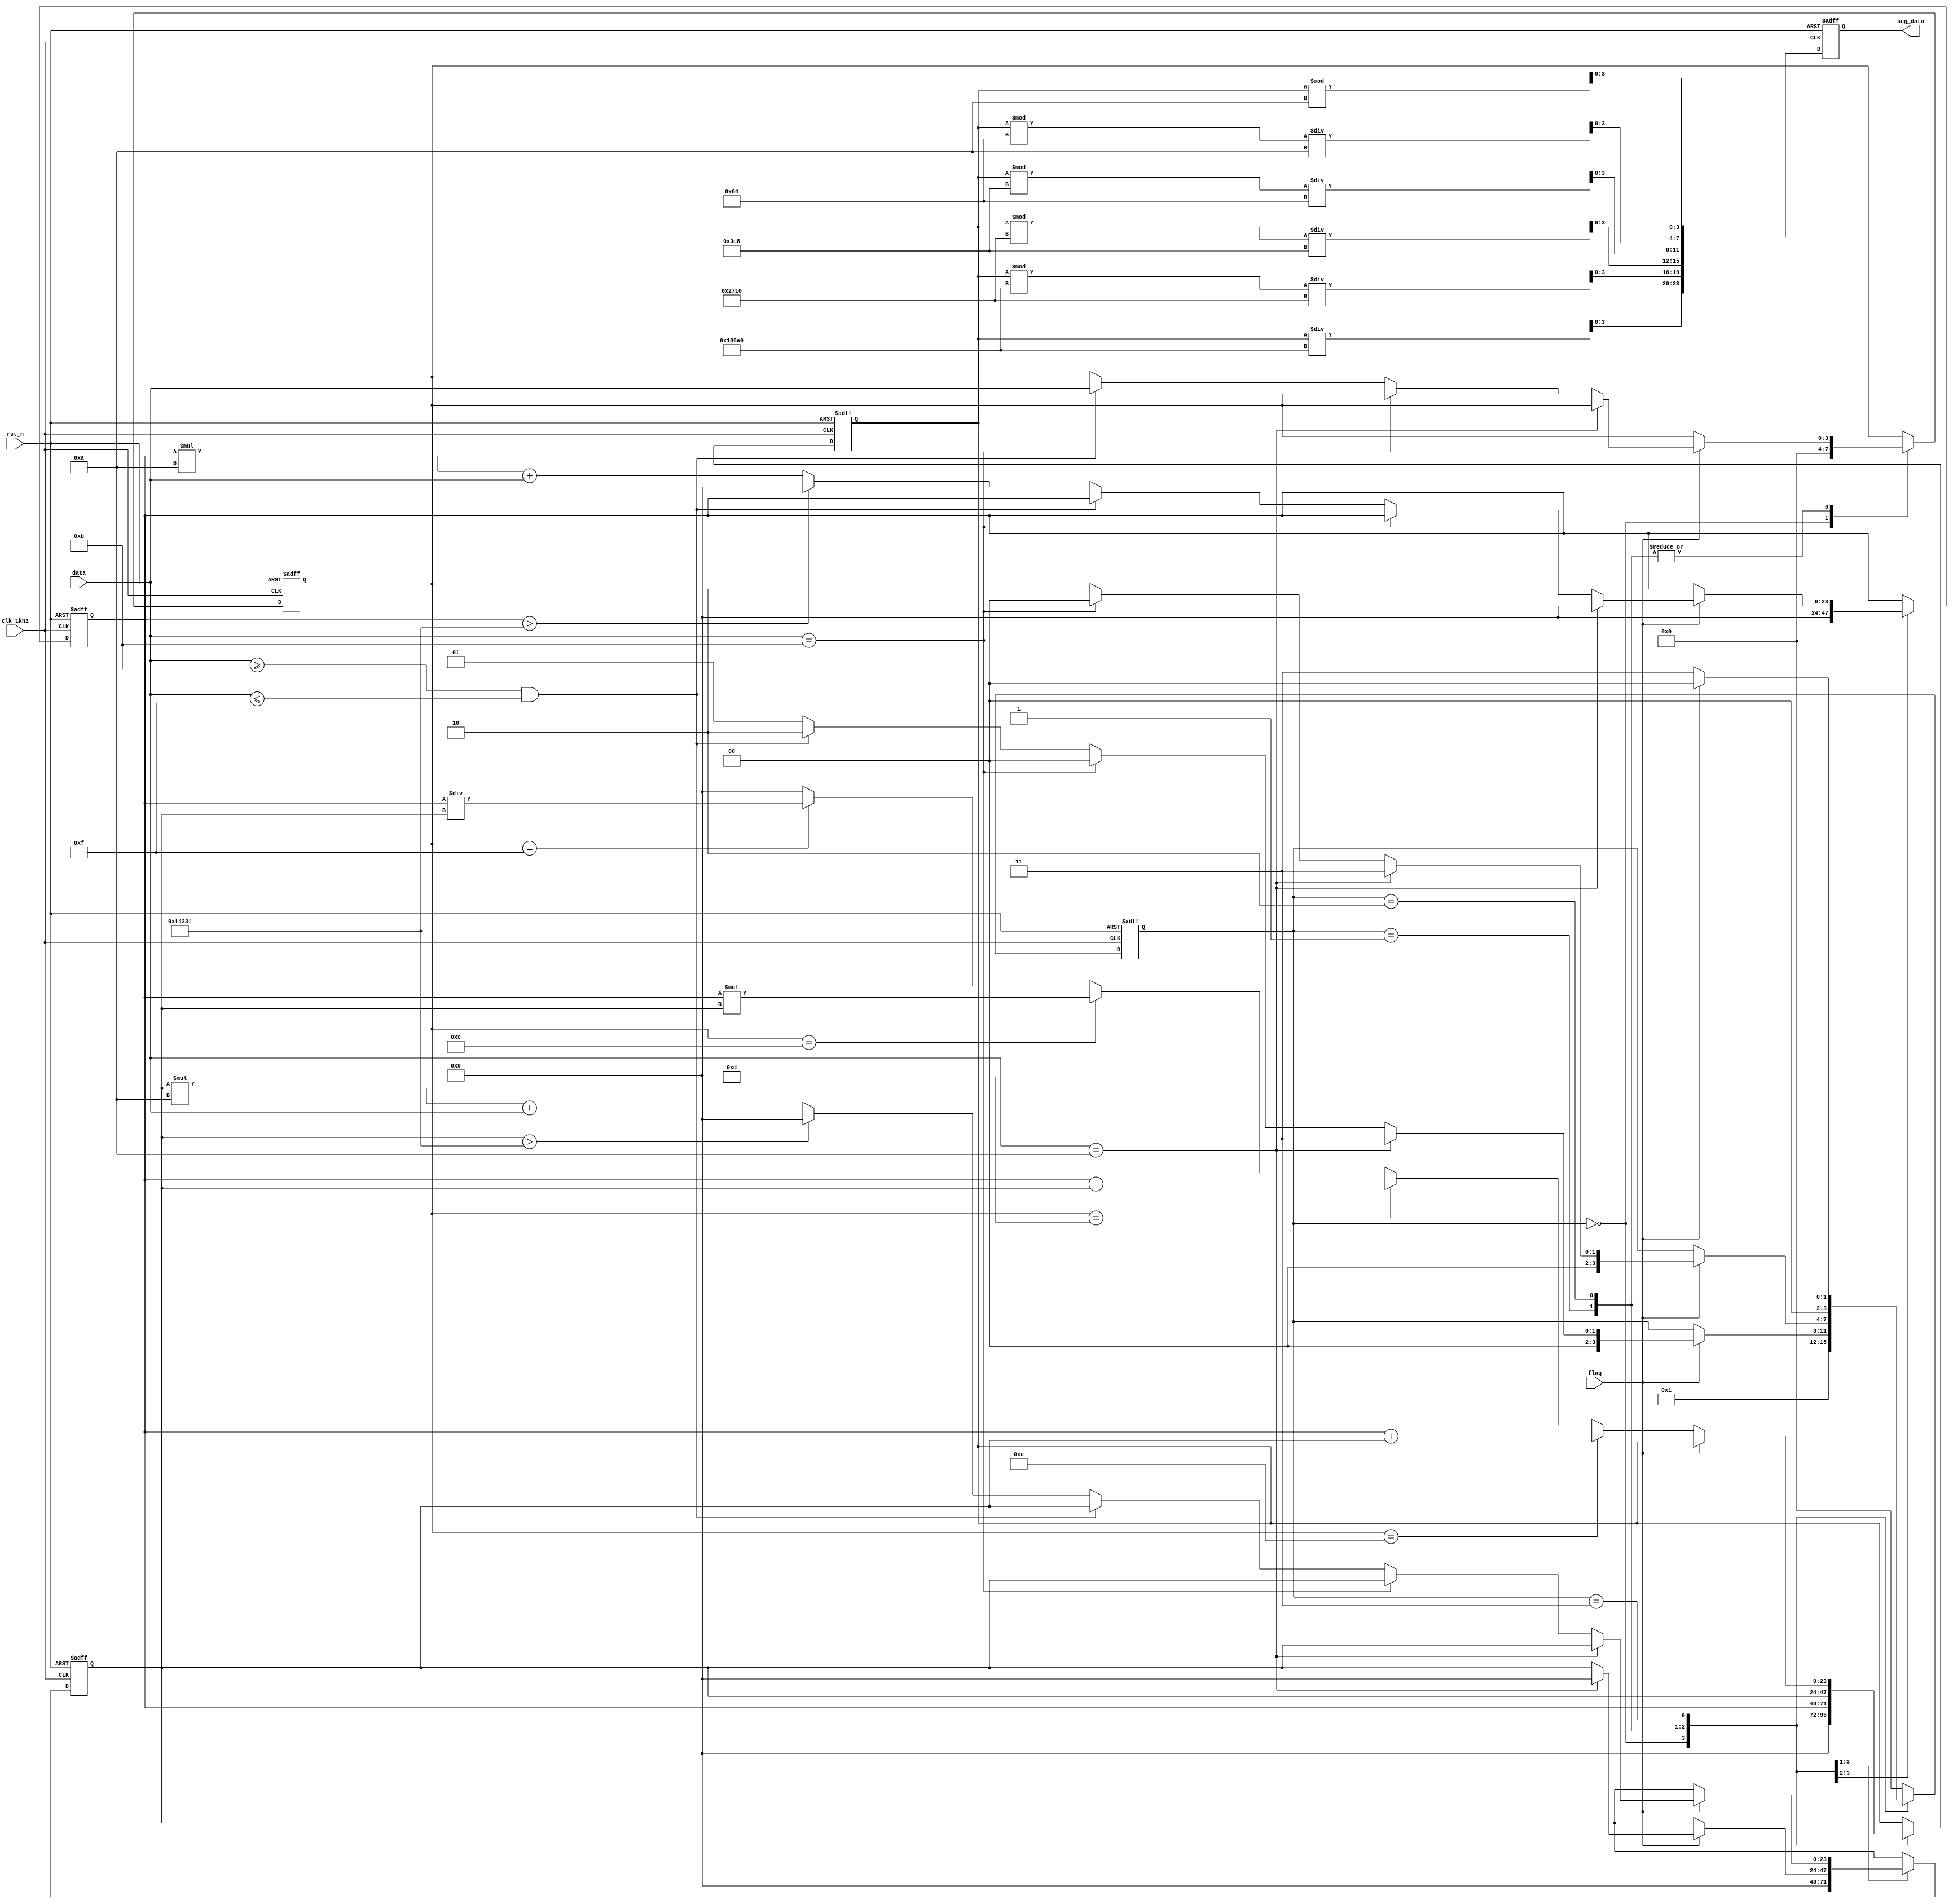
module cal(
	input clk_1khz,    // Clock
	input flag,
	input rst_n,  // Asynchronous reset active low
	input [3:0]data,
	output reg[23:0]seg_data
	
);

	//输入的两个数字
	reg [23:0]sum1;
	reg [23:0]sum2;
	reg [3:0] op_signal;   //存放操作符
	reg [3:0]current_stage;
	parameter [3:0]S0 = 4'd0;
	parameter [3:0]S1 = 4'd1;
	parameter [3:0]S2 = 4'd2;
	parameter [3:0]S3 = 4'd3;
	// parameter [3:0]S31 = 4'd4;
	// parameter [3:0]S32 = 4'd5;
	// parameter [3:0]S33 = 4'd6;
	// parameter [3:0]S34 = 4'd7;
	reg [23:0] seg_data_r;


	always @(posedge clk_1khz or negedge rst_n)
	begin : proc_1
		if(~rst_n) 
			begin
				seg_data_r <= 0;
				sum1 <= 0;
				sum2 <= 0;
				op_signal <= 0;
				current_stage <= S0;
			end 
		else 
		begin
			 case(current_stage)
			 	S0	:	begin
							seg_data_r <= 0;
							sum1 <= 0;
							sum2 <= 0;
							op_signal <= 0;
							current_stage <= S1;
			 			end
			 	S1	:	begin                  //检测得到第一个数据
			 				if(flag) 
				 				begin
					 				if(data == 4'd10)
						 				begin
						 					sum1 <= 0;
											sum2 <= 0;
						 					current_stage <= S3;
						 					seg_data_r <= sum1;
						 				end
						 			else if( data == 4'd11)
						 				begin
						 					seg_data_r <= sum1;
						 					current_stage <= S0;
						 				end
						 			else if((data >=4'd11) && (data <= 4'd15))
						 			// else if( (data == 4'd12) | (data == 4'd13) | (data == 4'd14)| (data == 4'd15))
						 				begin
						 					sum1 <= sum1;
						 					op_signal <= data;
						 					current_stage <= S2;
						 					seg_data_r <= sum1;
						 				end
						 			else 
							 			begin
							 				if(sum1 > 999999) 
								 				begin
								 					sum1 <= 0;
								 					current_stage <= S1;
								 					seg_data_r <= sum1;
								 				end
							 				else
							 					begin
							 						sum1 <= sum1* 10 + data;
							 						current_stage <= S1;
							 						seg_data_r <= sum1;
							 					end
							 			end
				 				end
				 			else
				 				begin
				 					sum1 <= sum1;
				 					current_stage <= current_stage;
				 					seg_data_r <= sum1;
				 				end
			 			end
			 	S2	:	begin             //检测得到第二个数据
								
			 				if(flag)
				 				begin
									if(data == 4'd10)
						 				begin
											sum2 <= sum2;
						 					current_stage <= S3;
						 					seg_data_r <= sum2;
						 				end
						 			else if( data == 4'd11)
						 				begin
						 					seg_data_r <= sum2;
						 					current_stage <= S0;
						 				end
						 			else if((data >=4'd11) && (data <= 4'd15))
						 			// else if( (data == 4'd12) | (data == 4'd13) | (data == 4'd14)| (data == 4'd15))
						 				begin
						 					op_signal <= data;
						 					current_stage <= S2;
						 					seg_data_r <= sum2;
						 				end
						 			else 
							 			begin
							 				if(sum2 > 999999) 
								 				begin
								 					sum2 <= 0;
								 					current_stage <= S2;
								 					seg_data_r <= sum2;
								 				end
							 				else
							 					begin
							 						sum2 <= sum2* 10 + data;
							 						current_stage <= S2;
							 						seg_data_r <= sum2;
							 					end
							 			end
							 	end
						 	else
						 		begin
						 			sum2 <= sum2;
						 			current_stage <= current_stage;
						 			seg_data_r <= sum2;
						 		end
			 			end
			 	S3	:	begin            // 检测到等号后操作
			 				if(!flag)
			 					begin
			 						current_stage <= S3;
	 								if(op_signal == 4'd12) 
						 				begin
						 					seg_data_r <=sum1 + sum2;
						 				end
					 				else if(op_signal == 4'd13)
					 					begin
					 						seg_data_r <=sum1 - sum2;
					 					end
					 				else if(op_signal == 4'd14)
					 					begin
					 						seg_data_r <=sum1 * sum2;
					 					end
					 				else if(op_signal == 4'd15)
					 					begin
					 						seg_data_r <=sum1 / sum2;
					 					end
					 				else
					 					begin
					 						seg_data_r <=0;
					 					end
			 					end
			 				else
			 					begin
					 				if(data == 4'd10)
						 				begin
						 					current_stage <= S0;   
						 				end
						 			else if( (data >=4'd11) && (data < 4'd16) )
						 				begin
						 					current_stage <= S0;
						 				end
						 			else
							 			begin
							 				current_stage <=0;
							 			end
							 	end
			 			end
			 	default	:	current_stage <= S0;
			 endcase // current_stage
		end
	end



	always @(posedge clk_1khz or negedge rst_n) 
	begin : proc_2        // 二进制数sseg_data_r转BCD
		if(~rst_n)
			begin
				seg_data <= 0;
				// cs <= 4'd0;
			end 
		else 
			begin
				seg_data[23:20] <= seg_data_r/1000_00;
				seg_data[19:16] <= (seg_data_r % 100000) /10000;
				seg_data[15:12] <= (seg_data_r % 10000) /1000;
				seg_data[11:8] <= (seg_data_r % 1000) /100;
				seg_data[7:4] <= (seg_data_r % 100) /10;
				seg_data[3:0] <= seg_data_r%10;
					// case(cs)
					// 	 4'd0  :   begin seg_data[23:20] <= seg_data_r/1000_00;  cs <= cs +1;end
					// 	 4'd1  :   begin seg_data[19:16] <= (seg_data_r % 100000) /10000; cs <= cs +1;end
					// 	 4'd2  :   begin seg_data[15:12] <= (seg_data_r % 10000) /1000;  cs <= cs +1;end
					// 	 4'd3  :   begin seg_data[11:8] <= (seg_data_r % 1000) /100;  cs <= cs +1;end
					// 	 4'd4 :   begin seg_data[7:4] <= (seg_data_r % 100) /10; cs <= cs +1;end
					// 	 4'd5 :   begin seg_data[3:0] <= seg_data_r%10;  cs <= 4'd0;end
					// 	 default :   cs <= 4'd0;
					// endcase  
			end
	end


//初始状态

//  检测第一个输入的数据,放在sum1
// 输入是 三种情况的处理
// 第一个输入的结束是操作符


// 检测第二个数据，放sum2
// 输入是 三种情况的处理
// 第一个输入的结束是等号


//检测到等号时进行相应计算


//显示当前输入的数据，输出seg_data_r，六个位的操作
//判断操作的当前输入状态，输入第一个数，输入操作符，输入第二个数，输入等号，给出最后显示得输出


//判断输入是0到9还是操作符

// case(row_col)
// 				8'b1110_1110	:	data = 4'd0;
// 				8'b1110_1101	:	data = 4'd1;
// 				8'b1110_1011	:	data = 4'd2;
// 				8'b1110_0111	:	data = 4'd3;
				
// 				8'b1101_1110	:	data = 4'd4;
// 				8'b1101_1101	:	data = 4'd5;
// 				8'b1101_1011	:	data = 4'd6;
// 				8'b1101_0111	:	data = 4'd7;
				
// 				8'b1011_1110	:	data = 4'd8;
// 				8'b1011_1101	:	data = 4'd9;
// 				8'b1011_1011	:	data = 4'd10;   //  =
// 				8'b1011_0111	:	data = 4'd11;
				
// 				8'b0111_1110	:	data = 4'd12;   //  +
// 				8'b0111_1101	:	data = 4'd13;	// -
// 				8'b0111_1011	:	data = 4'd14;   // *
// 				8'b0111_0111	:	data = 4'd15;   //  /
// endcase




endmodule